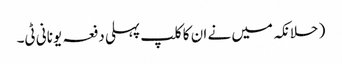
( حلانکہ میں نے ان کا کلپ پہلی دفعہ یونانی ٹی۔